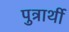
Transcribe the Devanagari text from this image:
पुत्रार्थी